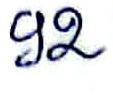
92